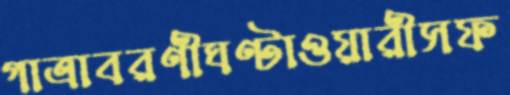
গাত্রাবরণীঘণ্টাওয়ারীসফ